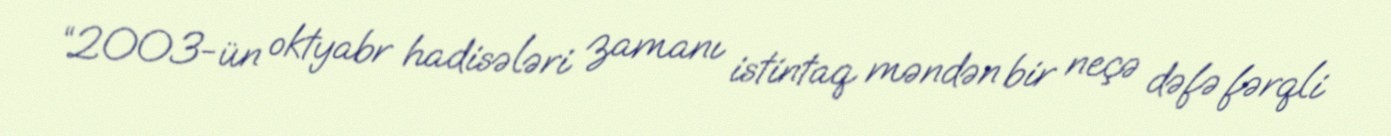
“2003-ün oktyabr hadisələri zamanı istintaq məndən bir neçə dəfə fərqli